Indian journal of veterinary science and animal husbandry - Volumes 15-17, 1948-1951
Year: 1948
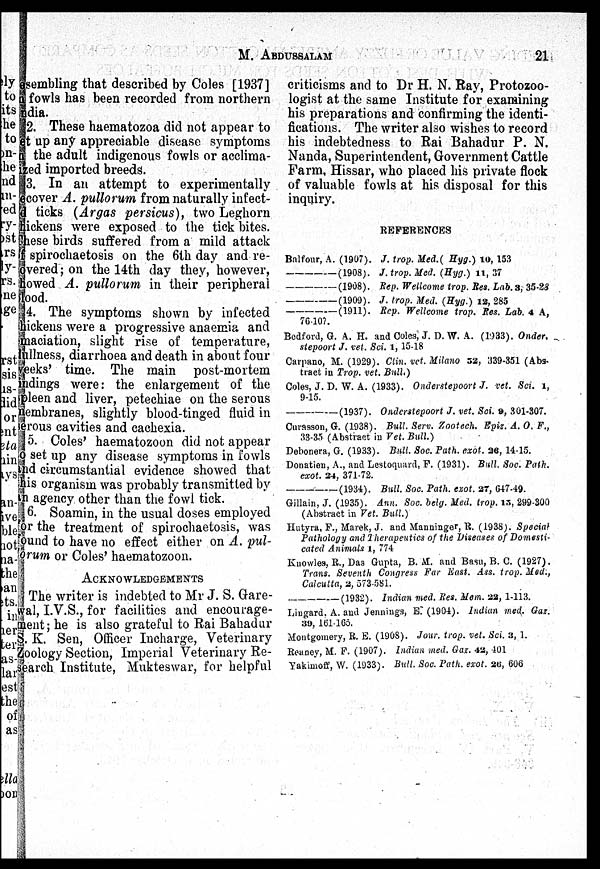
M.
ABDUSSALAM
21
esembling that described by Coles [1937]
fowls has been recorded from northern
ndia.
2. These haematozoa did not appear to
et up any appreciable disease symptoms
n the adult indigenous fowls or acclima-
ized imported breeds.
3. In an attempt to experimentally
ecover A. pullorum from naturally infect-
d ticks (Argas persicus), two Leghorn
chickens were exposed to the tick bites.
These birds suffered from a mild attack
of spirochaetosis on the 6th day and re-
-vered; on the 14th day they, however,
howed A. pullorum in their peripheral
lood.
4. The symptoms shown by infected
chickens were a progressive anaemia and
maciation, slight rise of temperature,
lullness, diarrhoea and death in about four
weeks' time. The main post-mortem
indings were: the enlargement of the
spleen and liver, petechiae on the serous
membranes, slightly blood-tinged fluid in
erous cavities and cachexia.
5. Coles' haematozoon did not appear
set up any disease symptoms in fowls
and circumstantial evidence showed that
his organism was probably transmitted by
in agency other than the fowl tick.
6. Soamin, in the usual doses employed
for the treatment of spirochaetosis, was
found to have no effect either on A. pul-
orum or Coles' haematozoon.
ACKNOWLEDGEMENTS
The writer is indebted to Mr J. S. Gare-
wal, I.V.S., for facilities and encourage-
ment; he is also grateful to Rai Bahadur
S. K. Sen, Officer Incharge, Veterinary
Zoology Section, Imperial Veterinary Re-
search Institute, Mukteswar, for helpful
criticisms and to Dr H. N. Ray, Protozoo-
logist at the same Institute for examining
his preparations and confirming the identi-
fications. The writer also wishes to record
his indebtedness to Rai Bahadur P. N.
Nanda, Superintendent, Government Cattle
Farm, Hissar, who placed his private flock
of valuable fowls at his disposal for this
inquiry.
REFERENCES
Balfour, A. (1907). J. trop. Med.( Hyg.) 10, 153
——
(1908). J. trop. Med. (Hyg.) 11, 37
———— (1908). Rep. Wellcome trop. Res. Lab. 3, 35-28
———— (1909). J. trop. Med. (Hyg.) 12, 285
———— (1911). Rep. Wellcome trop. Res. Lab. 4 A,
76.107.
Bedford, G. A. H. and Coles, J. D. W. A. (1933). Onder,
stepoort J. vet. Sci. 1, 15-18
Carpano, M. (1929). Clin. vet. Milano 52, 339-351 (Abs-
tract in Trop. vet. Bull.)
Coles, J. D. W. A. (1933). Onderstepoort J. vet. Sci. 1,
9-15.
———— (1937). Onderstepoort J. vet. Sci. 9, 301-307.
Curasson, G. (1938). Bull. Serv. Zootech. Epiz. A. O. F.,
33-35 (Abstract in Vet. Bull.)
Debonera, G. (1933). Bull. Soc. Path. exot. 26, 14-15.
Donatieu, A., and Lestoquard, F. (1931). Bull. Soc. Path.
exot. 24, 371-72.
———— (1934). Bull. Soc. Path. exot. 27, 647-49.
Gillain, J. (1935). Ann. Soc. belg. Med. trop. 13, 299-300
(Abstract in Vet. Bull.)
Hutyra, F., Marek, J. and Manninger, R. (1938). Special
Pathology and Therapeutics of the Diseases of Domesti-
cated Animals 1, 774
Knowles, R., Das Gupta, B. M. and Basu, B. C. (1927).
Trans. Seventh Congress Far East. Ass. trop. Med.,
Calcutta, 2, 573-581.
(1932). Indian med. Res. Mem. 22, 1-113.
Lingard. A. and Jennings, E. (1904). Indian med. Gaz.
39, 161-165.
Montgomery, R. E. (1908). Jour. trop. vet. Sci. 3, 1.
Reaney, M. F. (1907). Indian med. Gaz. 42, 401
Yakimoff, W. (1933). Bull. Soc. Path. exot. 26, 606